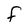
Character: F